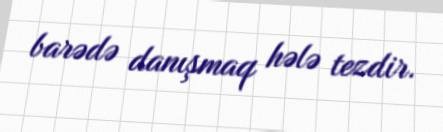
barədə danışmaq hələ tezdir.